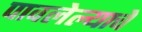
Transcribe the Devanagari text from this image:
पावलेल्याचे